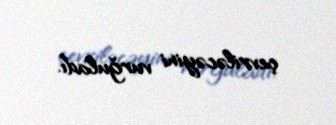
çevriləcəyini vurğuladı.